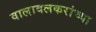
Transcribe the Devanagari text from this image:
वालावलकरांच्या